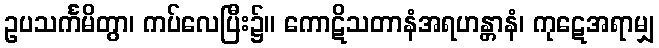
ဥပသင်္ကမိတွာ၊ ကပ်လေပြီး၌။ ကောဋိသတာနံအရဟန္တာနံ၊ ကုဋေအရာမျှ